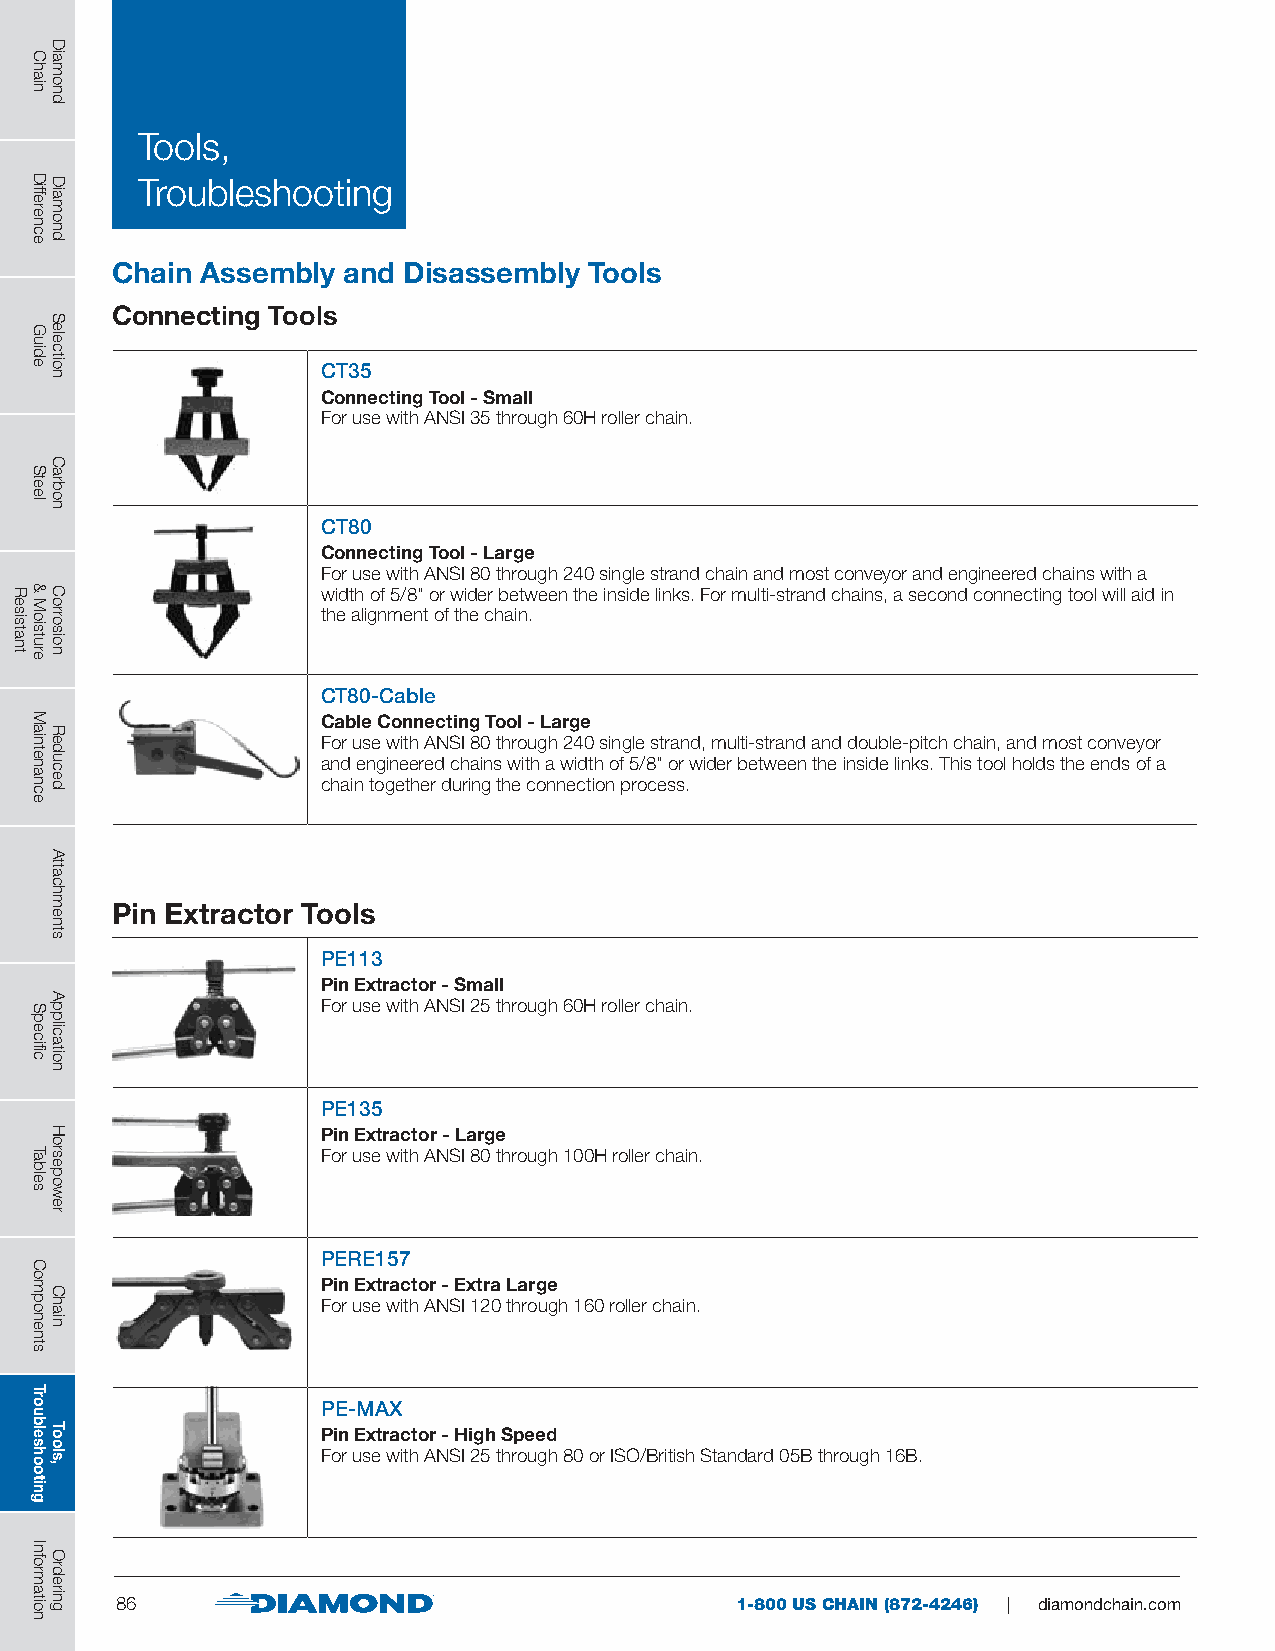
Tools,
 Troubleshooting
 Chain Assembly  and Disassembly Tools
 Connecting Tools
 CT35
 Connecting Tool - Small
 For use with ANSI 35 through 60H roller chain.
 CT80
 Connecting Tool - Large
 For use with ANSI 80 through 240 single strand chain and most conveyor and engineered chains with a
 width of 5/8" or wider between the inside links. For multi-strand chains, a second connecting tool will aid in
 the alignment of the chain.
 CT80-Cable
 Cable Connecting Tool - Large
 For use with ANSI 80 through 240 single strand, multi-strand and double-pitch chain, and most conveyor
 and engineered chains with a width of 5/8" or wider between the inside links. This tool holds the ends of a
 chain together during the connection process.
 Pin Extractor Tools
 PE113
 Pin Extractor - Small
 For use with ANSI 25 through 60H roller chain.
 PE135
 Pin Extractor - Large
 For use with ANSI 80 through 100H roller chain.
 PERE157
 Pin Extractor - Extra Large
 For use with ANSI 120 through 160 roller chain.
 PE-MAX
 Pin Extractor - High Speed
 For use with ANSI 25 through 80 or ISO/British Standard 05B through 16B.
 86                                       1-800 US CHAIN (872-4246) | diamondchain.com
 Resistant
 Chain
 Difference
 Guide
 Steel
 &
 Moisture
 Maintenance
 Specific
 Tables
 Components
 Troubleshooting
 Information
 Diamond
 Diamond
 Selection
 Carbon
 Corrosion
 Reduced
 Attachments
 Application
 Horsepower
 Chain
 Tools,
 Ordering